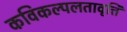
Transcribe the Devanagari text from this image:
कविकल्पलतावृत्ति